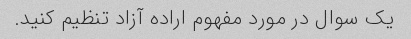
یک سوال در مورد مفهوم اراده آزاد تنظیم کنید.